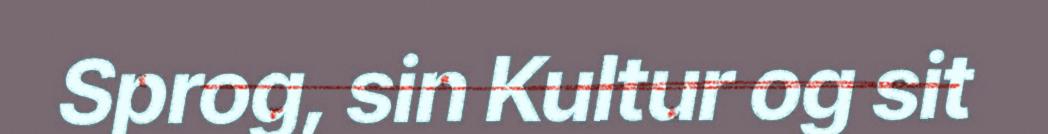
Sprog, sin Kultur og sit